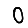
Digit: 0